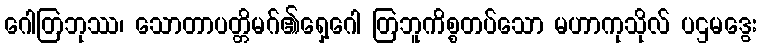
ဂေါတြဘုဿ၊ သောတာပတ္တိမဂ်၏ရှေ့ဂေါ တြဘူကိစ္စတပ်သော မဟာကုသိုလ် ပဌမဒွေး